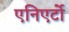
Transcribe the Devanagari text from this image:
एनिएर्टो